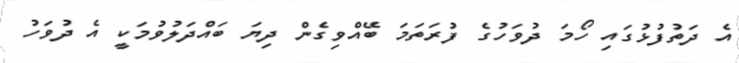
އެ ދަތުފުޅުގައި ހޯމަ ދުވަހުގެ ފުރަތަމަ ބޭއްވިގެން ދިޔަ ބައްދަލުވުމަކީ އެ ދުވަހު